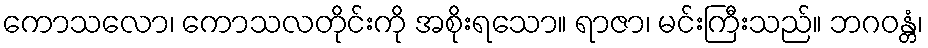
ကောသလော၊ ကောသလတိုင်းကို အစိုးရသော။ ရာဇာ၊ မင်းကြီးသည်။ ဘဂဝန္တံ၊